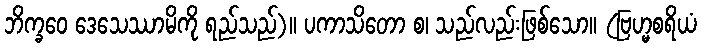
ဘိက္ခဝေ ဒေသေဿာမိကို ရည်သည်)။ ပကာသိတော စ၊ သည်လည်းဖြစ်သော။ (ဗြဟ္မစရိယံ